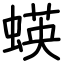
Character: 蝧